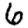
Digit: 6